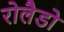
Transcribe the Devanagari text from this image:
रोलैडो